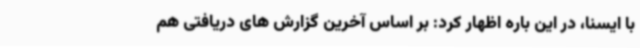
با ایسنا، در این باره اظهار کرد: بر اساس آخرین گزارش های دریافتی هم